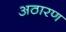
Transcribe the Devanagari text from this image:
अठारण